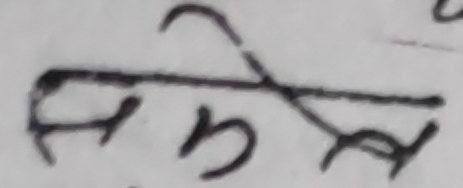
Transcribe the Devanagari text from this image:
सकेल्